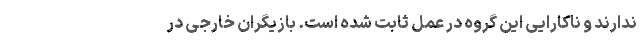
ندارند و ناکارایی این گروه در عمل ثابت شده است. بازیگران خارجی در